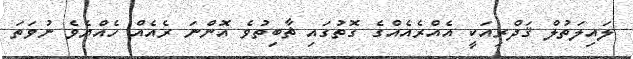
ލައިލަތުލް ޤަދްރިއަކީ އެއްރެއެއްގެ ގޮތުގައި ޘާބިތުވެ އޮންނަ ރެއެއް ހެއްޔެވެ ނުވަތަ